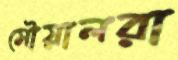
মৌয়ালরা